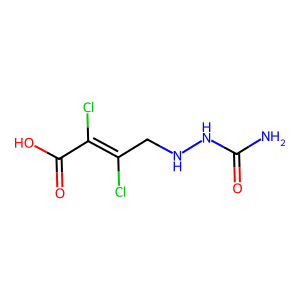
SMILES: NC(=O)NNCC(Cl)=C(Cl)C(=O)O
Inhibits HIV replication: No